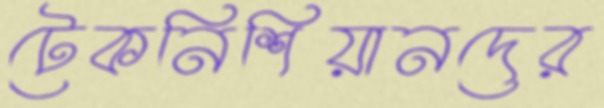
টেকনিশিয়ানদের